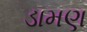
ડામણ